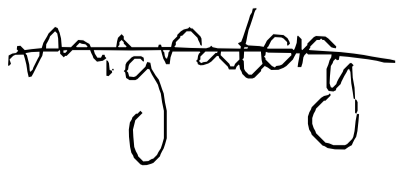
Text: migratory
Cross-out: mix
Writing tool: digital_black